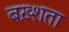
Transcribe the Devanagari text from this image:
बख़्शता